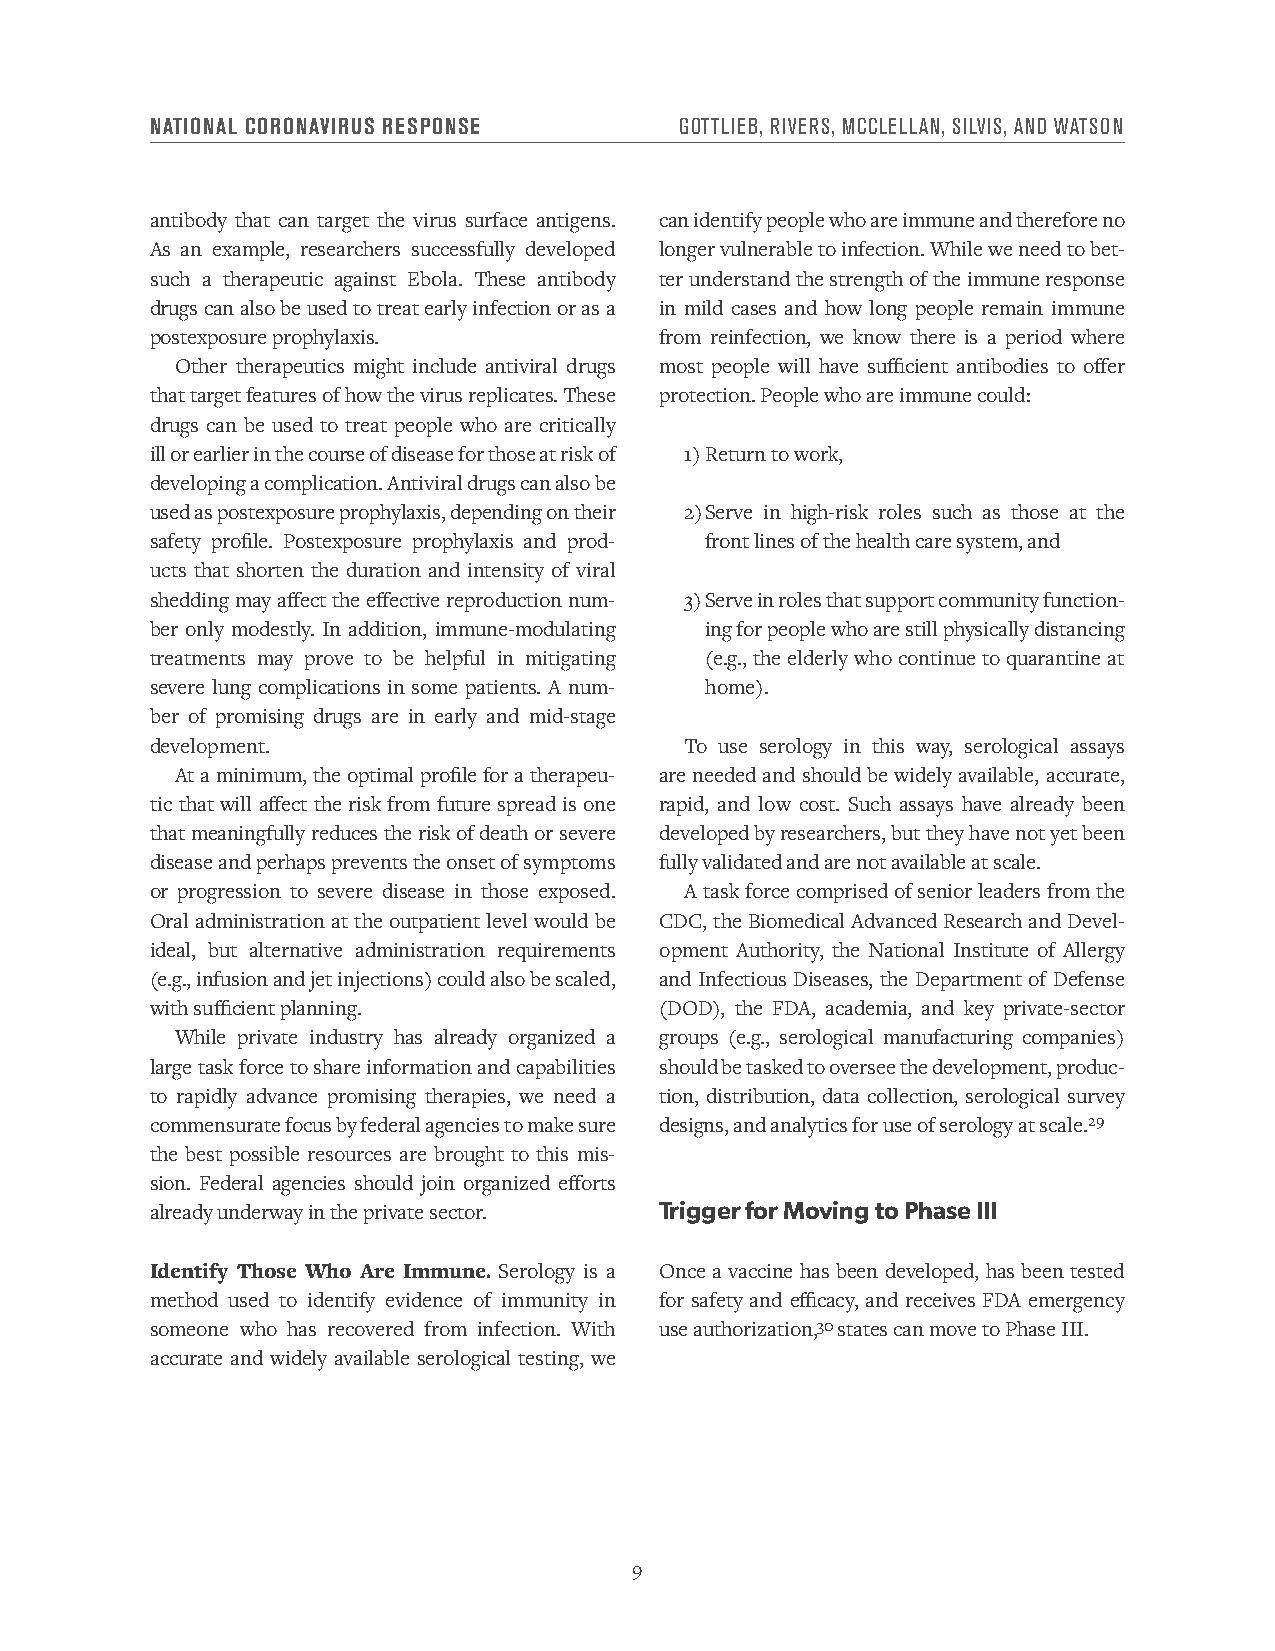
NATIONAL CORONAVIRUS RESPONSE      GOTTLIEB, RIVERS, MCCLELLAN, SILVIS, AND WATSON
 antibody that can target the virus surface antigens. can identify people who are immune and therefore no
 As an example, researchers successfully developed longer vulnerable to infection. While we need to bet-
 such a therapeutic against Ebola. These antibody ter understand the strength of the immune response
 drugs can also be used to treat early infection or as a in mild cases and how long people remain immune
 postexposure prophylaxis.         from reinfection, we know there is a period where
 Other therapeutics might include antiviral drugs most people will have sufficient antibodies to offer
 that target features of how the virus replicates. These protection. People who are immune could:
 drugs can be used to treat people who are critically
 ill or earlier in the course of disease for those at risk of 1) Return to work,
 developing a complication. Antiviral drugs can also be
 used as postexposure prophylaxis, depending on their 2) Serve in high-risk roles such as those at the
 safety profile. Postexposure prophylaxis and prod- front lines of the health care system, and
 ucts that shorten the duration and intensity of viral
 shedding may affect the effective reproduction num- 3) Serve in roles that support community function-
 ber only modestly. In addition, immune-modulating ing for people who are still physically distancing
 treatments may prove to be helpful in mitigating (e.g., the elderly who continue to quarantine at
 severe lung complications in some patients. A num- home).
 ber of promising drugs are in early and mid-stage
 development.                       To use serology in this way, serological assays
 At a minimum, the optimal profile for a therapeu- are needed and should be widely available, accurate,
 tic that will affect the risk from future spread is one rapid, and low cost. Such assays have already been
 that meaningfully reduces the risk of death or severe developed by researchers, but they have not yet been
 disease and perhaps prevents the onset of symptoms fully validated and are not available at scale.
 or progression to severe disease in those exposed. A task force comprised of senior leaders from the
 Oral administration at the outpatient level would be CDC, the Biomedical Advanced Research and Devel-
 ideal, but alternative administration requirements opment Authority, the National Institute of Allergy
 (e.g., infusion and jet injections) could also be scaled, and Infectious Diseases, the Department of Defense
 with sufficient planning.         (DOD), the FDA, academia, and key private-sector
 While private industry has already organized a groups (e.g., serological manufacturing companies)
 large task force to share information and capabilities should be tasked to oversee the development, produc-
 to rapidly advance promising therapies, we need a tion, distribution, data collection, serological survey
 commensurate focus by federal agencies to make sure designs, and analytics for use of serology at scale.29
 the best possible resources are brought to this mis-
 sion. Federal agencies should join organized efforts
 already underway in the private sector. Trigger for Moving to Phase III
 Identify Those Who Are Immune. Serology is a Once a vaccine has been developed, has been tested
 method used to identify evidence of immunity in for safety and efficacy, and receives FDA emergency
 someone who has recovered from infection. With use authorization,30 states can move to Phase III.
 accurate and widely available serological testing, we
 9